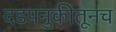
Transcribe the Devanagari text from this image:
दडपनुकीतूनच